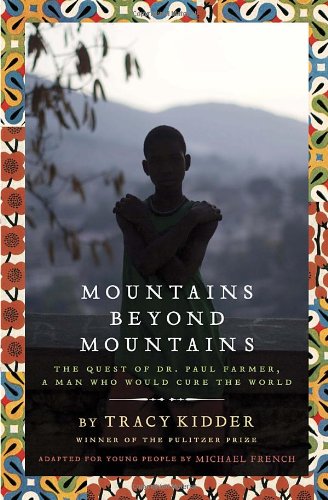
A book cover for Mountains Beyond Mountains (Adapted for Young People): The Quest of Dr. Paul Farmer,  A Man Who Would Cure the World; Tracy Kidder; Teen & Young Adult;